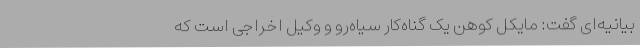
بیانیه‌ای گفت: مایکل کوهن یک گناه‌کار سیاه‌رو و وکیل اخراجی است که